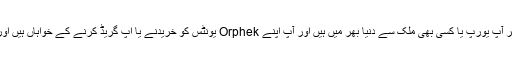
اگر آپ یورپ یا کسی بھی ملک سے دنیا بھر میں ہیں اور آپ اپنے Orphek یونٹس کو خریدنے یا اپ گریڈ کرنے کے خواہاں ہیں اور: